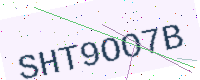
Text: SHT9OO7B